system: You are a helpful assistant.
user:
Analyze the provided spectrum to determine if it is a **M-type Giant (gM)**.

A M-type Giant spectrum is defined by its **strong molecular absorption** features, particularly from **Titanium Oxide (TiO)**. You must check for one of the following mutually exclusive signatures:

- **Key Visual Indicators (Absorption-Dominated Spectrum):**

    - **(Primary):** The spectrum is dominated by strong molecular absorption from **Titanium Oxide (TiO)**. This is the **defining feature** of its M-type temperature class.
        - **(Key Bandheads):** Look for sharp, "saw-tooth" absorption valleys. The strongest are located near **~7050 Å**, **~6160 Å**, and **~5170 Å**.
        - **(Line Profile):** The "saw-tooth" morphology is critical: a **sharp, steep drop on the BLUE (short-wavelength) side** of the bandhead, followed by a gradual recovery (rising flux) towards the RED (long-wavelength) side.

    - **(Key Confirmation - Giant vs. Dwarf):** **ABSENCE** of strong **Calcium Hydride (CaH)** molecular bands. This is the primary diagnostic for *excluding* M-dwarfs.
        - **(Key Region):** The spectrum should lack the strong, broad absorption band seen in dwarfs between **~6800 Å and ~7000 Å**.

    - **(Secondary Confirmation - Giant):** A very strong and broad **Neutral Calcium (Ca I)** atomic absorption line.
        - **(Key Line):** Located at **~4226 Å**. In a giant (gM), this line is significantly deeper and broader than the same line in an M-dwarf (dM) due to low surface gravity.

    - **(Overall Spectrum):**
        - The continuum is **extremely red-sloping** (i.e., flux is very low in the blue and rises dramatically towards the red).
        - The entire spectrum appears "chopped up" by the deep TiO bands.

Think first, call **spectral_visualization_tool** if needed to examine features in detail, then provide your final answer. Your response must adhere to the following strict rules:
1.  **Overall Structure:** Your response must follow the format `<think>...</think> <tool_call>...</tool_call> (if a tool is used) <answer>...</answer>`.
2.  **Tool Usage Constraint:** You may only make **one** tool call per turn.
3.  **Final Answer Format:** In the `<answer>` tag, your conclusion must be inside a `\boxed{}` command (e.g., `\boxed{YES}` or `\boxed{NO}`), followed by your justification.

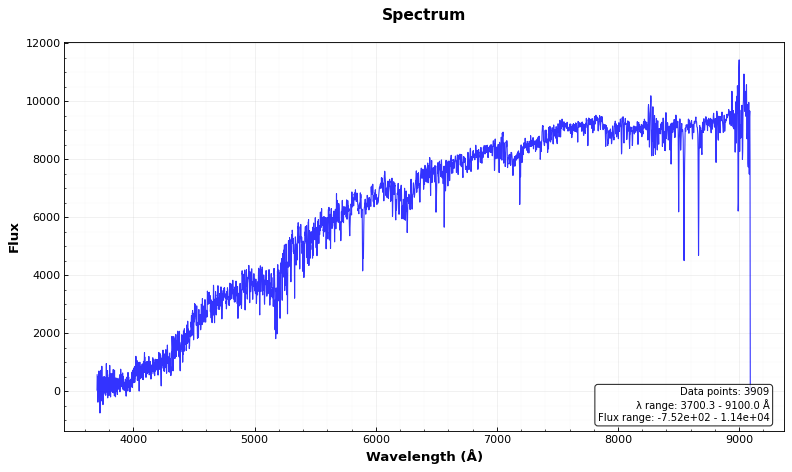
Answer: NO